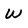
Character: W